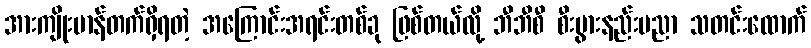
အားကျိုးမာန်တက်ရှိရတဲ့ အကြောင်းအရင်းတစ်ခု ဖြစ်တယ်လို့ ဘီဘီစီ စီးပွားနည်းပညာ သတင်းထောက်